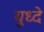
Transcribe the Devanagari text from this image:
युध्दे